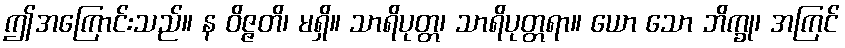
ဤအကြောင်းသည်။ န ဝိဇ္ဇတိ၊ မရှိ။ သာရိပုတ္တ၊ သာရိပုတ္တရာ။ ယော သော ဘိက္ခု၊ အကြင်